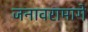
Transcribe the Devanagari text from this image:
जनावरामागे